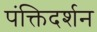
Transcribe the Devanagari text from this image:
पंक्तिदर्शन